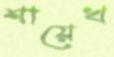
শায়েখ